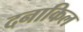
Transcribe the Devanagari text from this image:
दनाकिल